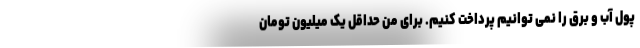
پول آب و برق را نمی توانیم پرداخت کنیم. برای من حداقل یک میلیون تومان